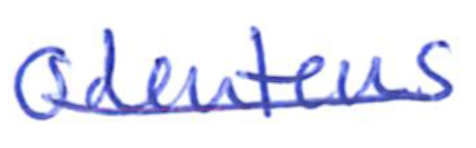
Text: Odonteus
Cross-out: single-line
Writing tool: ballpoint